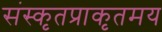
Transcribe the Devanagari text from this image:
संस्कृतप्राकृतमय